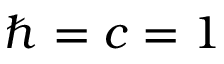
\hbar = c = 1